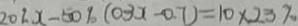
2 0 \% x - 5 0 \% ( 0 . 3 x - 0 . 7 ) = 1 0 \times 2 3 \%